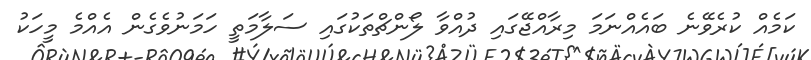
ކަމެއް ކުރެވޭނެ ބައެއްނަމަ މިރާއްޖޭގައި ދުއްވާ ލޯންޗްތަކުގައި ސަލާމަތީ ހަމަނުވެގެން އެއްމެ މީހަކު